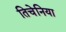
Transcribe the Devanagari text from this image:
तिचेनिया